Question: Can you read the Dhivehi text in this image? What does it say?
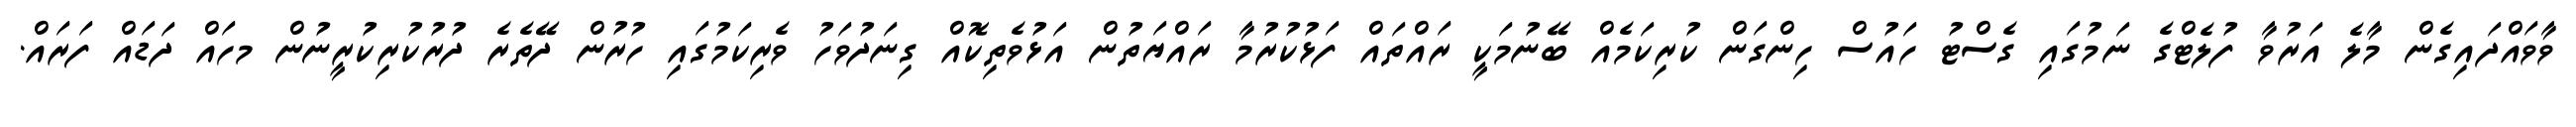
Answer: ވާވައްދައިގެން މާލެ އަރުވާ ފުލެޓްގެ ނަމުގައި ގެސްޓު ހައުސް ހިންގަން ކުރިކަމެއް ބޭނުމަކީ ރައްތައް ފަޅުކުރުމާ ރައްޔަތުން އަޅުވެތިކޮއް ގިނަދުވަހު ވެރިކަމުގައި ހުރުން ދޭތެރެ ދުރުކުރިކުރީނުން މހައް ދަޑައް ފަރައް.